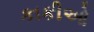
કાકીઓ